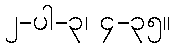
၂-ပါ-၃၊ ၄-၃၅။